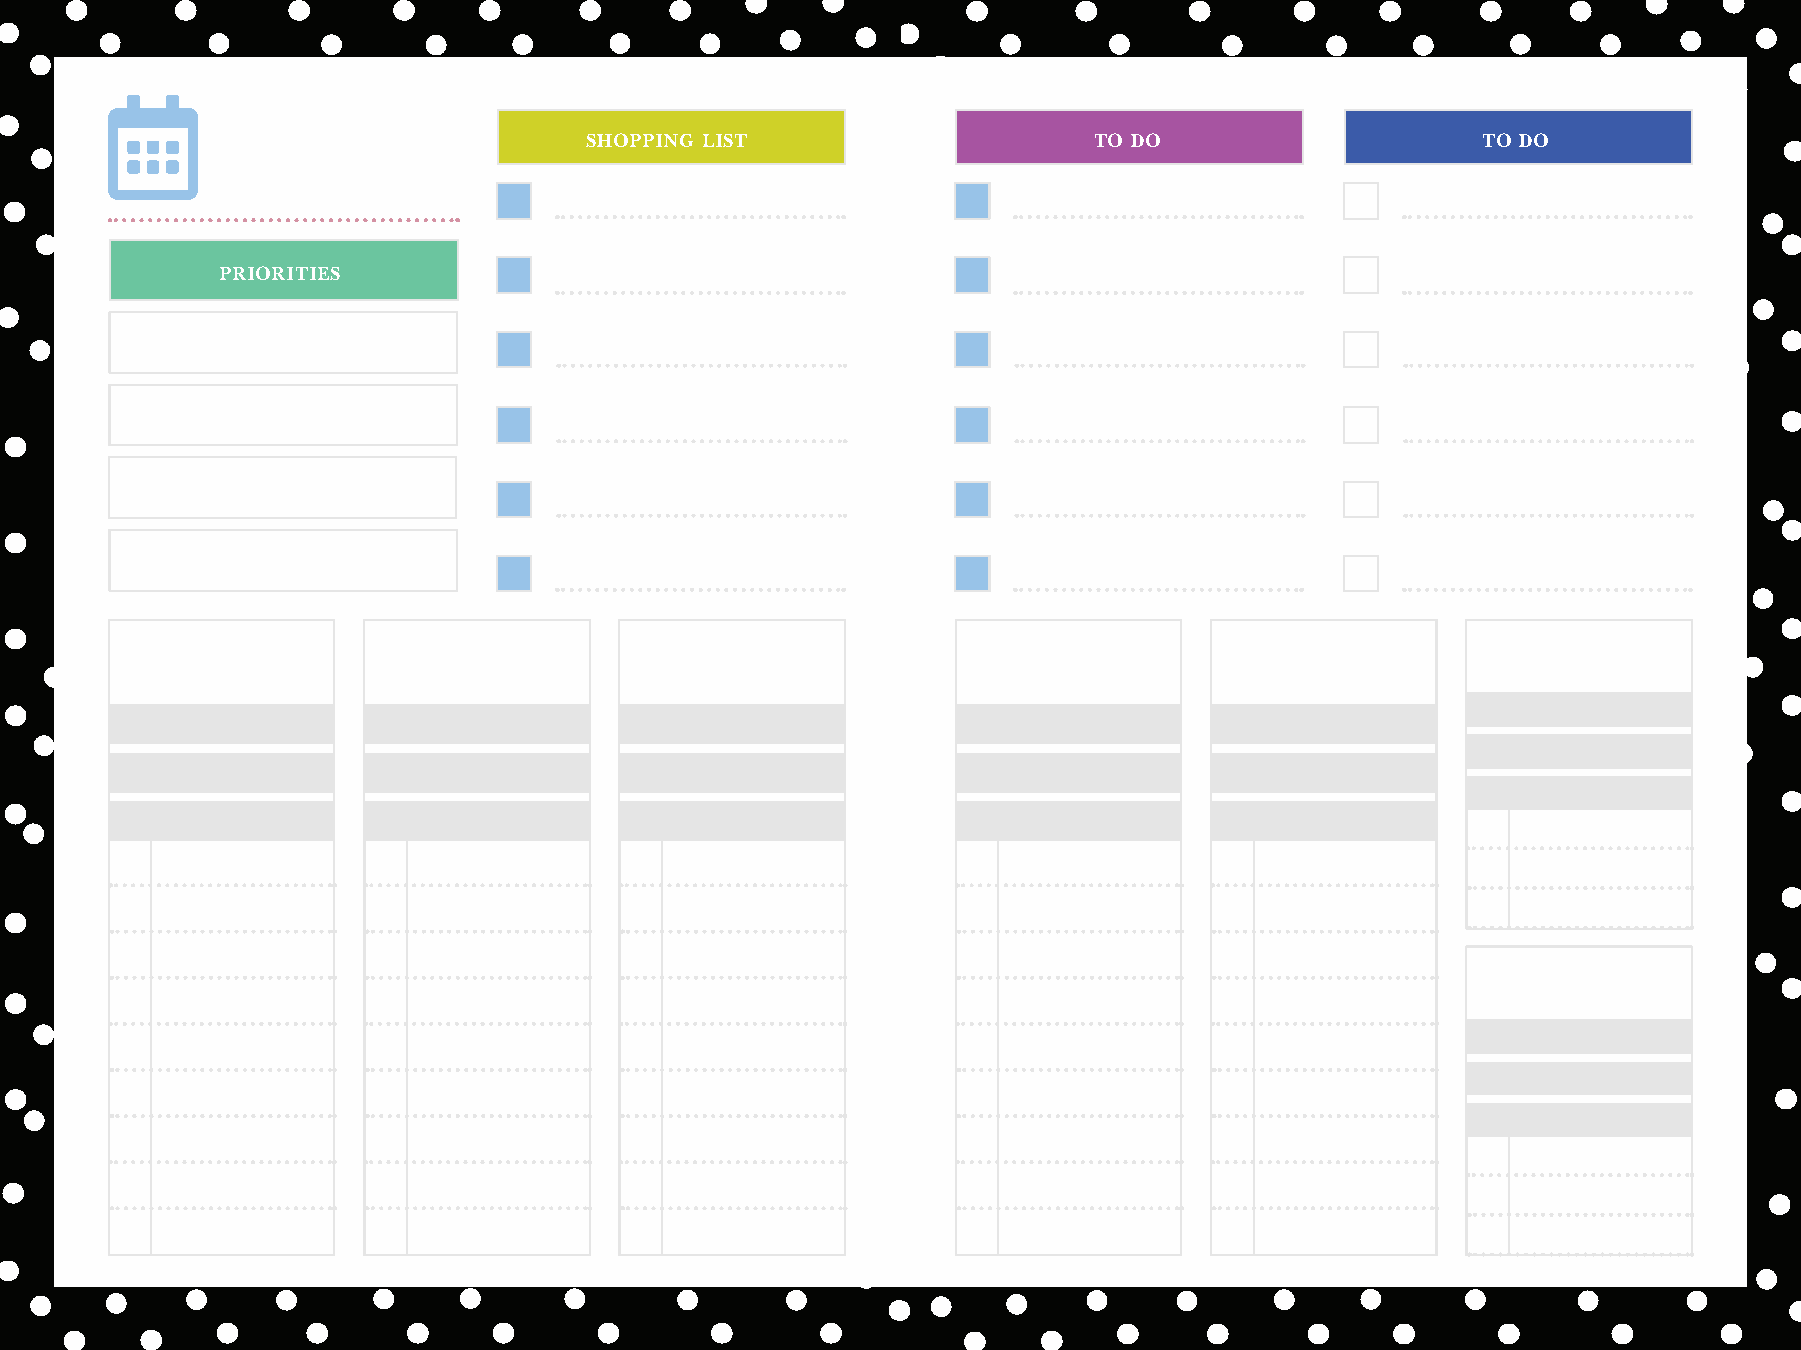
SHOPPING LIST                    TO DO                     TO DO
 PRIORITIES